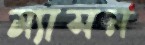
ম্যাসন